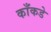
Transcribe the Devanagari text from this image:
काँकडे